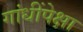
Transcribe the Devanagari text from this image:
गांधींपेक्षा